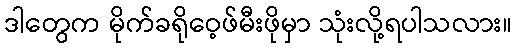
ဒါတွေက မိုက်ခရိုဝေ့ဖ်မီးဖိုမှာ သုံးလို့ရပါသလား။